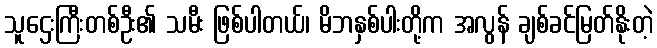
သူဌေးကြီးတစ်ဦး၏ သမီး ဖြစ်ပါတယ်၊ မိဘနှစ်ပါးတို့က အလွန် ချစ်ခင်မြတ်နိုးတဲ့